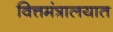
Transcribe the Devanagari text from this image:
वित्तमंत्रालयात